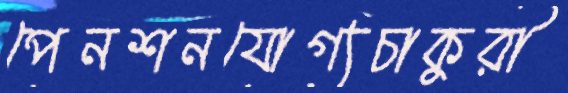
পেনশনযোগ্যচাকুরী